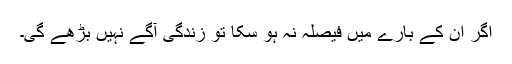
اگر ان کے بارے میں فیصلہ نہ ہو سکا تو زندگی آگے نہیں بڑھے گی۔